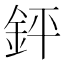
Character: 𨥾